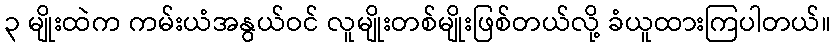
၃ မျိုးထဲက ကမ်းယံအနွယ်ဝင် လူမျိုးတစ်မျိုးဖြစ်တယ်လို့ ခံယူထားကြပါတယ်။